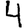
Digit: 4